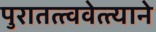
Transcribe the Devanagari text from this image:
पुरातत्त्ववेत्त्याने